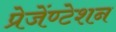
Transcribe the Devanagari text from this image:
प्रेजेंण्टेशन